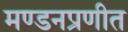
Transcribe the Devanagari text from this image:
मण्डनप्रणीत